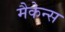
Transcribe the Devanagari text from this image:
मैकेन्स